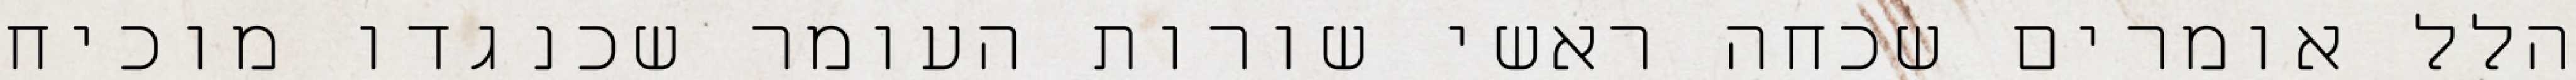
הלל אומרים שכחה ראשי שורות העומר שכנגדו מוכיח